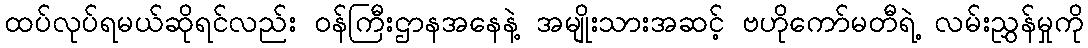
ထပ်လုပ်ရမယ်ဆိုရင်လည်း ဝန်ကြီးဌာနအနေနဲ့ အမျိုးသားအဆင့် ဗဟိုကော်မတီရဲ့ လမ်းညွှန်မှုကို